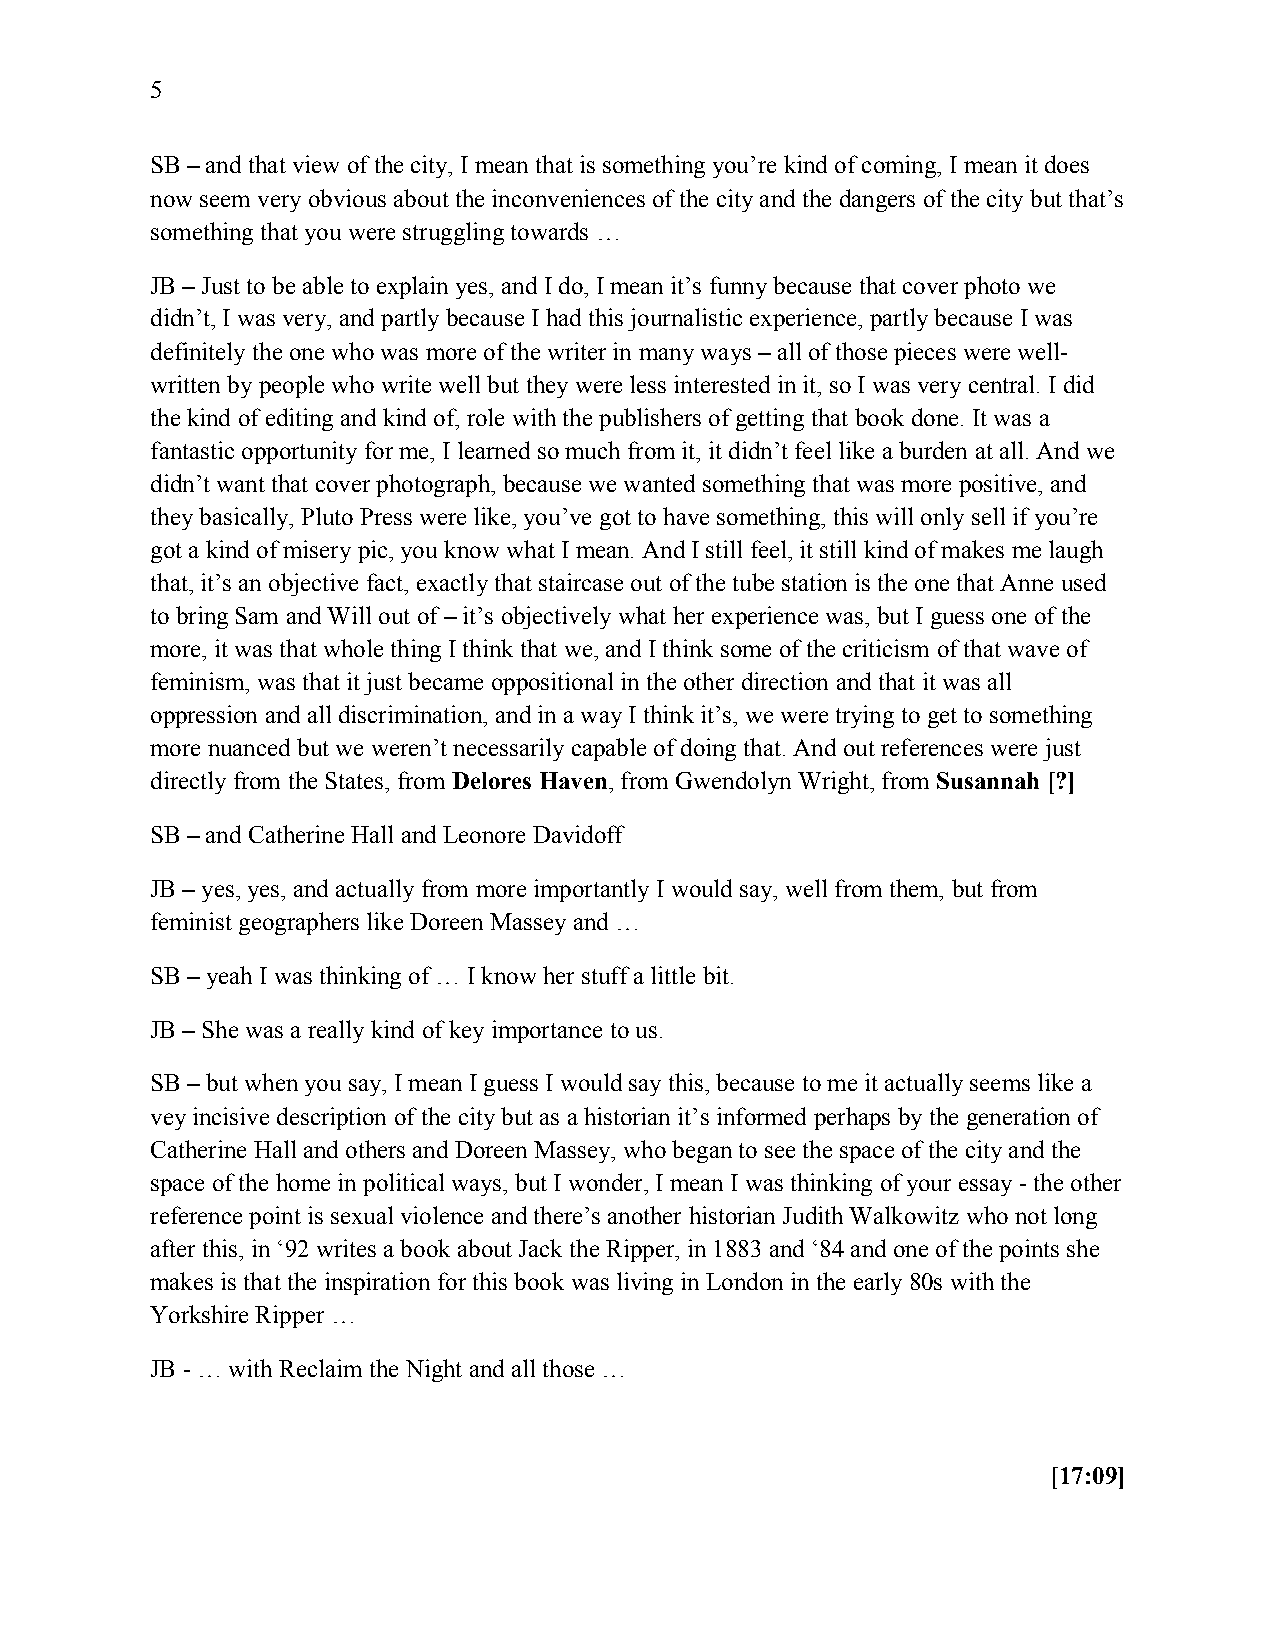
5
 SB – and that view of the city, I mean that is something you’re kind of coming, I mean it does
 now seem very obvious about the inconveniences of the city and the dangers of the city but that’s
 something that you were struggling towards …
 JB – Just to be able to explain yes, and I do, I mean it’s funny because that cover photo we
 didn’t, I was very, and partly because I had this journalistic experience, partly because I was
 definitely the one who was more of the writer in many ways – all of those pieces were well-
 written by people who write well but they were less interested in it, so I was very central. I did
 the kind of editing and kind of, role with the publishers of getting that book done. It was a
 fantastic opportunity for me, I learned so much from it, it didn’t feel like a burden at all. And we
 didn’t want that cover photograph, because we wanted something that was more positive, and
 they basically, Pluto Press were like, you’ve got to have something, this will only sell if you’re
 got a kind of misery pic, you know what I mean. And I still feel, it still kind of makes me laugh
 that, it’s an objective fact, exactly that staircase out of the tube station is the one that Anne used
 to bring Sam and Will out of – it’s objectively what her experience was, but I guess one of the
 more, it was that whole thing I think that we, and I think some of the criticism of that wave of
 feminism, was that it just became oppositional in the other direction and that it was all
 oppression and all discrimination, and in a way I think it’s, we were trying to get to something
 more nuanced but we weren’t necessarily capable of doing that. And out references were just
 directly from the States, from Delores Haven, from Gwendolyn Wright, from Susannah [?]
 SB – and Catherine Hall and Leonore Davidoff
 JB – yes, yes, and actually from more importantly I would say, well from them, but from
 feminist geographers like Doreen Massey and …
 SB – yeah I was thinking of … I know her stuff a little bit.
 JB – She was a really kind of key importance to us.
 SB – but when you say, I mean I guess I would say this, because to me it actually seems like a
 vey incisive description of the city but as a historian it’s informed perhaps by the generation of
 Catherine Hall and others and Doreen Massey, who began to see the space of the city and the
 space of the home in political ways, but I wonder, I mean I was thinking of your essay - the other
 reference point is sexual violence and there’s another historian Judith Walkowitz who not long
 after this, in ‘92 writes a book about Jack the Ripper, in 1883 and ‘84 and one of the points she
 makes is that the inspiration for this book was living in London in the early 80s with the
 Yorkshire Ripper …
 JB - … with Reclaim the Night and all those …
 [17:09]